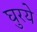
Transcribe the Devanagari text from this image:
घुरये